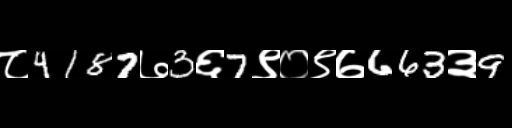
Text: ८4187७3६7९०९७663३9